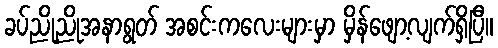
ခပ်ညိုညိုအနာရွတ် အစင်းကလေးများမှာ မှိန်ဖျော့လျက်ရှိပြီ။